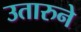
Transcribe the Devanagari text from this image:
उतारुने